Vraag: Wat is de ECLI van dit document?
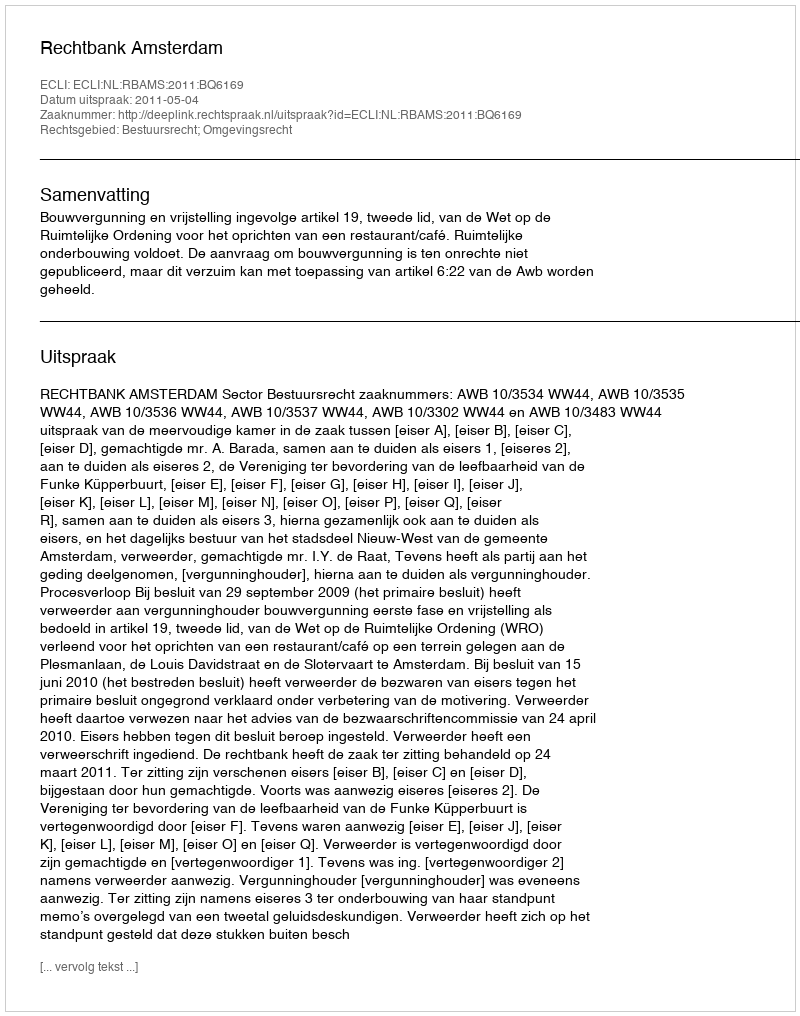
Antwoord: ECLI:NL:RBAMS:2011:BQ6169